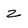
Character: Z